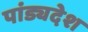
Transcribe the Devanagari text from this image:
पांड्यदेश